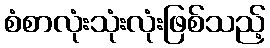
စံစာလုံးသုံးလုံးဖြစ်သည့်